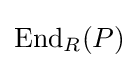
\mathrm {End} _{R}(P)